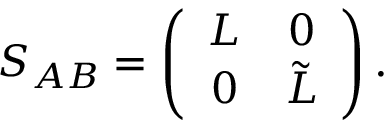
S _ { A B } = \left( \begin{array} { c c } { { L } } & { { 0 } } \\ { { 0 } } & { { \tilde { L } } } \end{array} \right) .